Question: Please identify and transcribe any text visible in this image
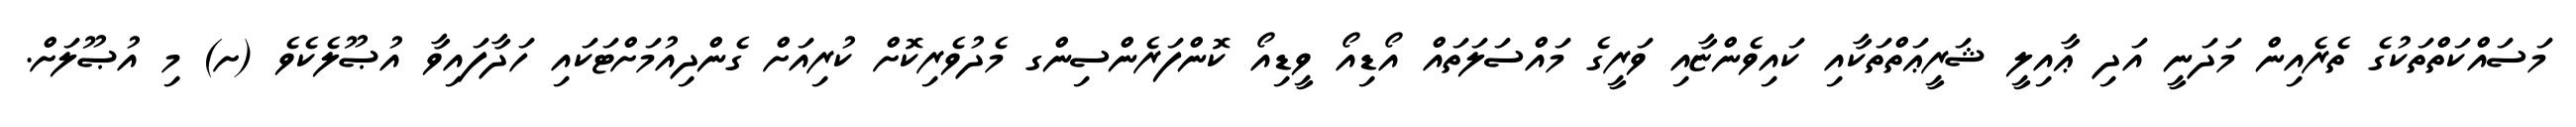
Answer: މަސައްކަތްތަކުގެ ތެރެއިން މަދަނީ އަދި ޢާއިލީ ޝަރީޢަތްތަކާއި ކައިވެންޏާއި ވަރީގެ މައްސަލަތައް އޯޑިއޯ ވީޑިއޯ ކޮންފަރެންސިންގ މެދުވެރިކޮށް ކުރިއަށް ގެންދިއުމަށްޓަކައި ހަދާފައިވާ އުޞޫލެކެވެ (ށ) މި އުޞޫލަށް.